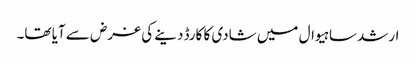
ارشد ساہیوال میں شادی کا کارڈ دینے کی غرض سے آیا تھا۔